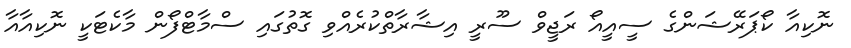
ނޮކިއާ ކޯޕަރޭޝަންގެ ސީއީއޯ ރަޖީވް ސޫރީ އިޝާރާތްކުރެއްވި ގޮތުގައި ސްމާޓްފޯން މާކެޓަކީ ނޮކިއާއާ